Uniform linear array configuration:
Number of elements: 64
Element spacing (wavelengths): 0.75
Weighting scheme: cosine
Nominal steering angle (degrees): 45
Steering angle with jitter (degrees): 45.43
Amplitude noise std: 0.05
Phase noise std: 0.05

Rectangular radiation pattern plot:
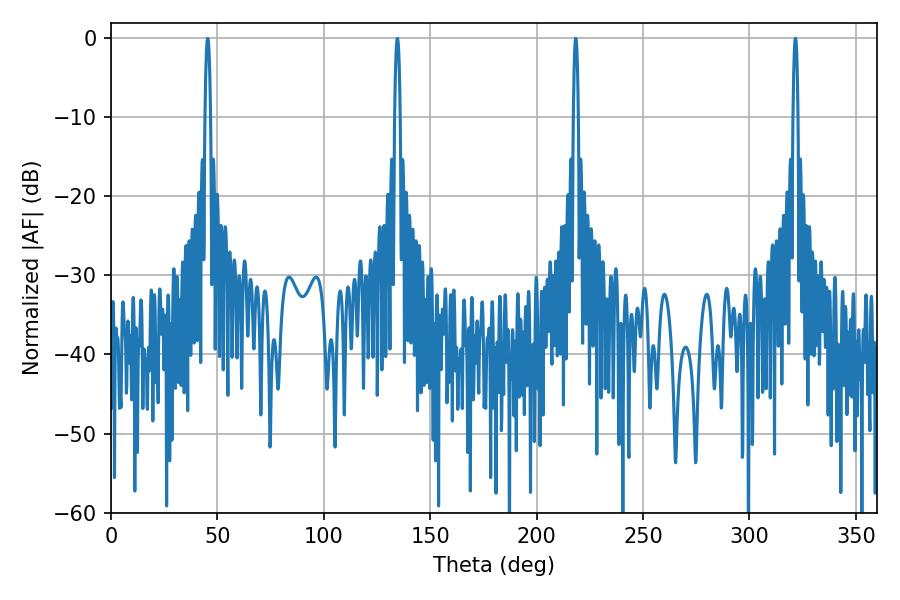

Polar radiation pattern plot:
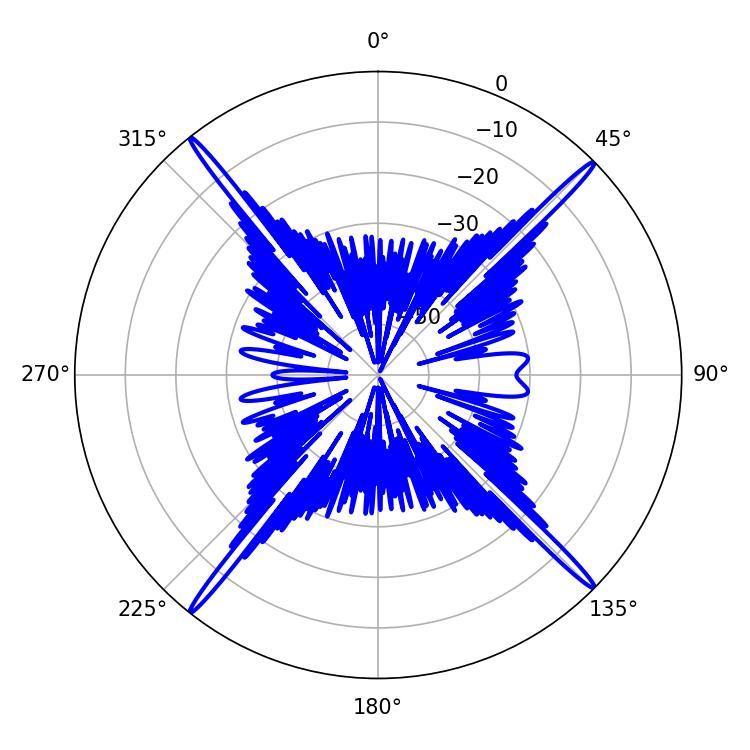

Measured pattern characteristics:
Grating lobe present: TRUE
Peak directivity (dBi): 23.234
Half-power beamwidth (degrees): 1.26
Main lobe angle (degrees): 218.34